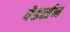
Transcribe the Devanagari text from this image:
पेडर्सन